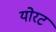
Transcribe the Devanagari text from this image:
योरट